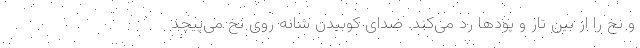
و نخ را از بین تار و پودها رد می‌کند. صدای کوبیدن شانه روی نخ می‌پیچد